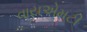
વાયએમટી